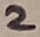
Text: 2